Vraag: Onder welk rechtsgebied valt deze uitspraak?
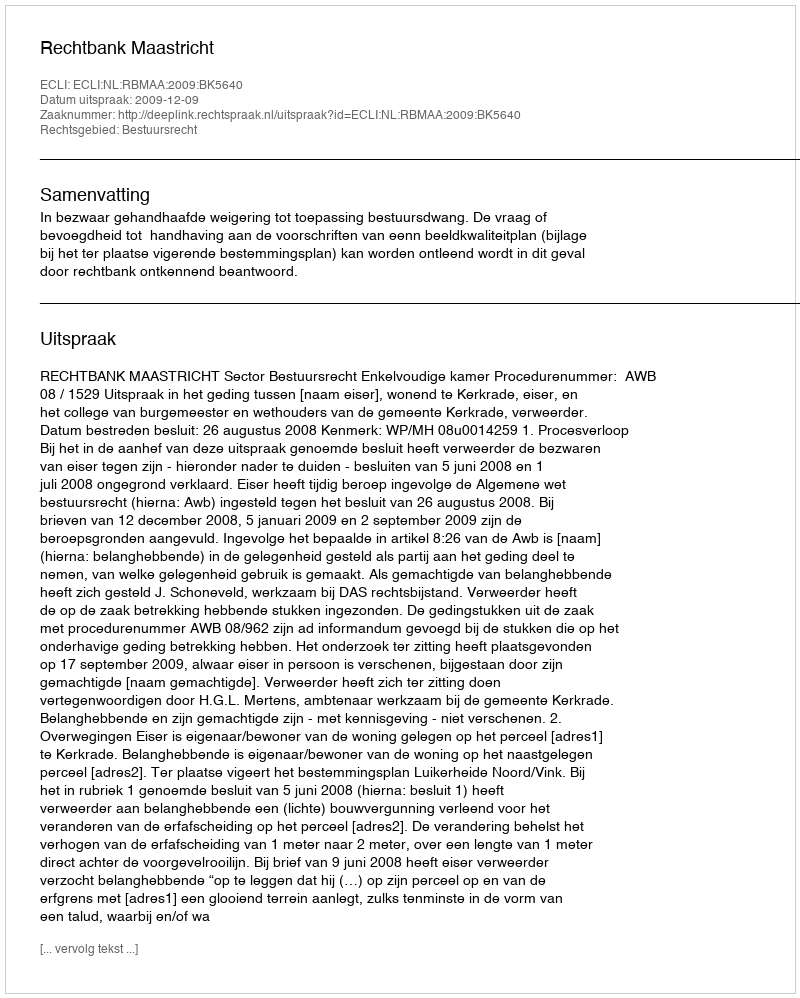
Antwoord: Bestuursrecht